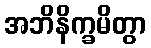
အဘိနိက္ခမိတွာ